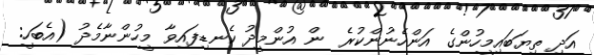
އަދި ތިޔަބައިމީހުންގެ އަންހެނުންކުރެ  ން އުންމީދު ކެނޑިފައިވާ މީހުންނާމެދު (އެބަހީ: